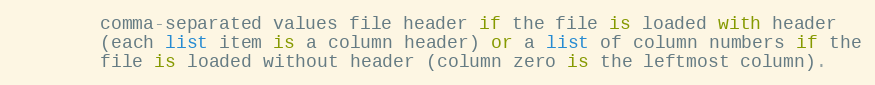
Language: Python
        comma-separated values file header if the file is loaded with header
        (each list item is a column header) or a list of column numbers if the
        file is loaded without header (column zero is the leftmost column).